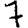
Digit: 7